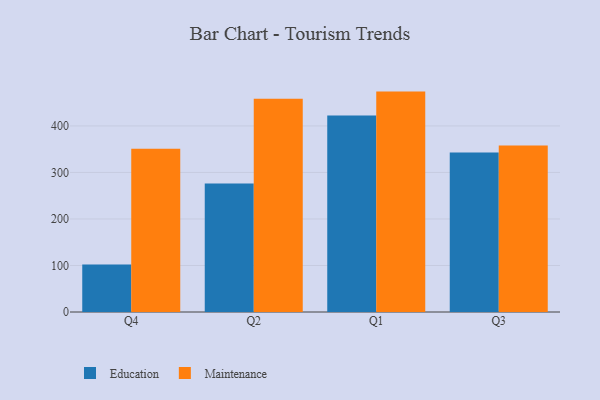
{"axis": {"x": "Quarter", "y": "Demand Index"}, "legend": ["Education", "Maintenance"], "data": [{"x": "Q4", "y": 102.2, "type": "Education"}, {"x": "Q4", "y": 351.0, "type": "Maintenance"}, {"x": "Q2", "y": 276.0, "type": "Education"}, {"x": "Q2", "y": 458.3, "type": "Maintenance"}, {"x": "Q1", "y": 422.4, "type": "Education"}, {"x": "Q1", "y": 473.8, "type": "Maintenance"}, {"x": "Q3", "y": 342.7, "type": "Education"}, {"x": "Q3", "y": 358.0, "type": "Maintenance"}]}